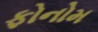
ફોનોમ